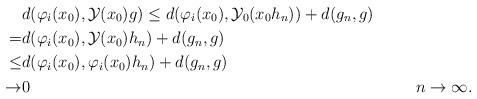
LaTeX: \begin{align*}& d(\varphi_i(x_0),\mathcal{Y}(x_0)g)\leq d(\varphi_i(x_0),\mathcal{Y}_0(x_0h_n))+d(g_n,g)\\=& d(\varphi_i(x_0),\mathcal{Y}(x_0)h_n)+d(g_n,g)\\\leq & d(\varphi_i(x_0),\varphi_i(x_0)h_n)+d(g_n, g)\\\to & 0 && \,\,n\to \infty.\end{align*}